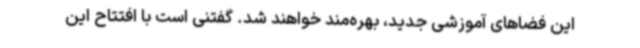
این فضاهای آموزشی جدید، بهره‌مند خواهند شد. گفتنی است با افتتاح این